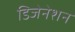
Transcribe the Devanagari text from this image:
डिजेनेशन